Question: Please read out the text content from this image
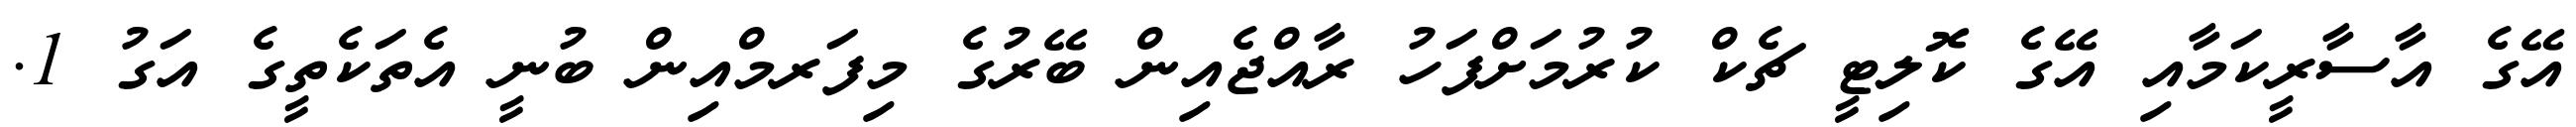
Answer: އޭގެ އާސާރީކަމާއި އޭގެ ކޮލިޓީ ޗެކް ކުރުމަށްފަހު ރާއްޖެއިން ބޭރުގެ މިފަރމްއިން ބުނީ އެތަކެތީގެ އަގު 1.